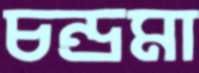
চন্দ্রমা